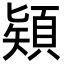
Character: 𩓙